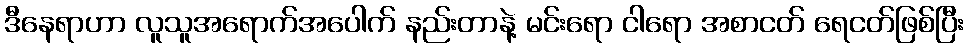
ဒီနေရာဟာ လူသူအရောက်အပေါက် နည်းတာနဲ့ မင်းရော ငါရော အစာငတ် ရေငတ်ဖြစ်ပြီး